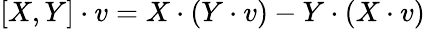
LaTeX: [X,Y]\cdot v=X\cdot(Y\cdot v)-Y\cdot(X\cdot v)